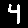
Digit: 4